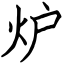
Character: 炉